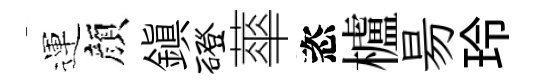
運顔鎭磴蕐恣櫨昜玲